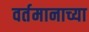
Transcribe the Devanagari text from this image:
वर्तमानाच्या